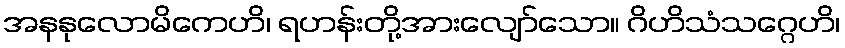
အနနုလောမိကေဟိ၊ ရဟန်းတို့အားလျော်သော။ ဂိဟိသံသဂ္ဂေဟိ၊